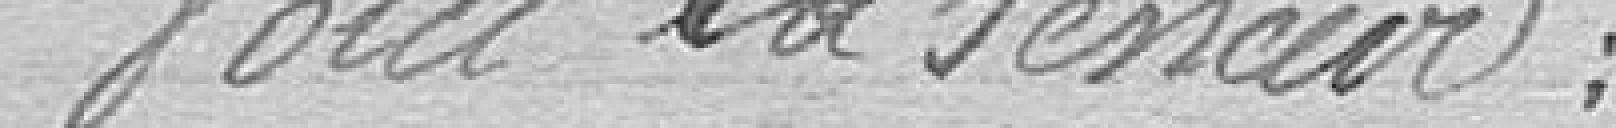
Voici la teneur :